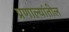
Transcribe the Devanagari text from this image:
प्रणाल्यांतील